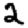
Digit: 2